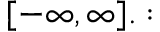
[ - \infty , \infty ] . :